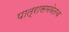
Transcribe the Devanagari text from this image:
पात्रासमवेतच